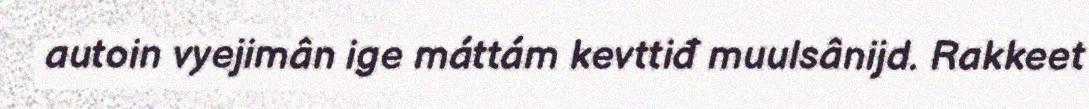
autoin vyejimân ige máttám kevttiđ muulsânijd. Rakkeet